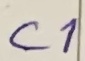
Text: C1